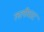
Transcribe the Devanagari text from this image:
ललीघाट